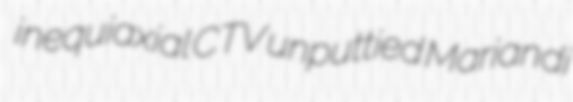
inequiaxial CTV unputtied Mariandi